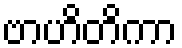
ဗာဟိတိကာ